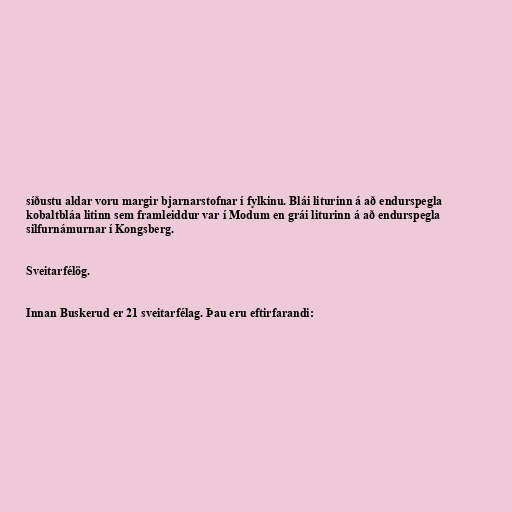
síðustu aldar voru margir bjarnarstofnar í fylkinu. Blái liturinn á að endurspegla
kobaltbláa litinn sem framleiddur var í Modum en grái liturinn á að endurspegla
silfurnámurnar í Kongsberg.

Sveitarfélög.

Innan Buskerud er 21 sveitarfélag. Þau eru eftirfarandi: